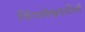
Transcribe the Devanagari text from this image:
पिंगलेश्वरतीर्थ